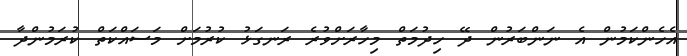
އެހެންކަމުން އެ ނަންބަރުން ދޭ ހިދުމަތް މިހާރަށްވުރެ ރަނގަޅު ކުރުމަށް މަސައްކަތް ކުރަމުންދާ